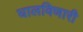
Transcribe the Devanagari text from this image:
घालविणारी